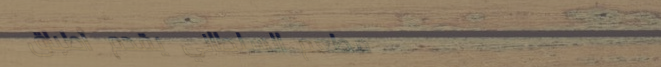
مطعم السلطاني يقدم أطباقً